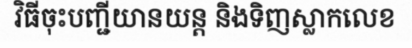
វិធីចុះបញ្ជីយានយន្ត និងទិញស្លាកលេខ